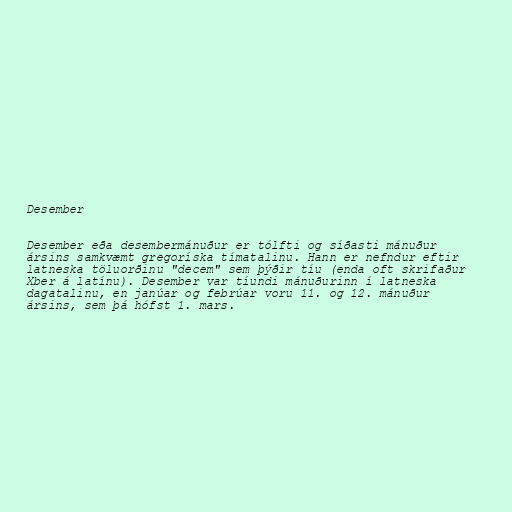
Desember

Desember eða desembermánuður er tólfti og síðasti mánuður
ársins samkvæmt gregoríska tímatalinu. Hann er nefndur eftir
latneska töluorðinu "decem" sem þýðir tíu (enda oft skrifaður
Xber á latínu). Desember var tíundi mánuðurinn í latneska
dagatalinu, en janúar og febrúar voru 11. og 12. mánuður
ársins, sem þá hófst 1. mars.